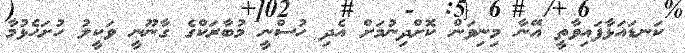
ކަނޑައަޅާފައިވާތީ އޭނާ މިނިވަން ކޮށްދިނުމަށް އެދި ހުސްނީ މުބާރަކްގެ ގާނޫނީ ވަކީލު ހުށަހެޅުމާ